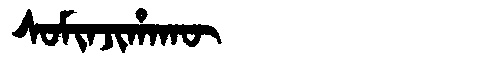
Manchu: ᠰᠣᠮᡳᠨᠵᡳᡥᠠᡴᡡ
Romanization: SOMINJIHAKŪ